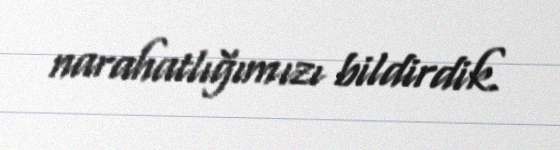
narahatlığımızı bildirdik.